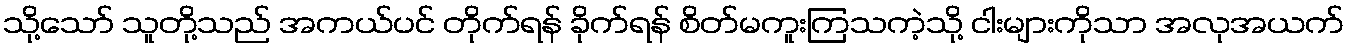
သို့သော် သူတို့သည် အကယ်ပင် တိုက်ရန် ခိုက်ရန် စိတ်မကူးကြသကဲ့သို့ ငါးများကိုသာ အလုအယက်